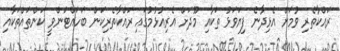
ރައްކާތެރި ވުމަށް އެޅިދާނެ ފިޔަވަޅު ތަކާއި މޫދަށް އެރިއުޅުމުގައި ރައްކާތެރިކަން ބަހައްޓަންވީ ކަންތައްތަކާއި